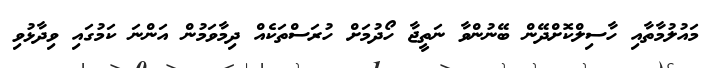
މައުލުމާތާއި ހާސިލްކޮށްދޭން ބޭނުންވާ ނަތީޖާ ހޯދުމަށް ހުރަސްތަކެއް ދިމާވަމުން އަންނަ ކަމުގައި ވިދާޅުވި